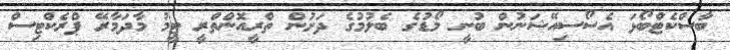
ބާސްކެޓްބޯޅަ އެސޯސިއޭޝަނުން ބުނީ މޯޑުގެ ބެލުމުގެ ދަށުން ތްރީއޮންތްރީ ޓީމު މާދަމާރޭ ޕްރެކްޓިސް